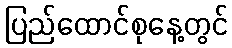
ပြည်ထောင်စုနေ့တွင်